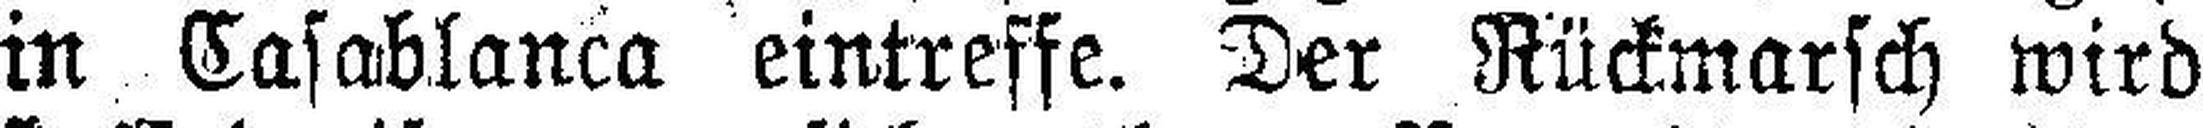
in Casablanca eintreffe. Der Rückmarsch wird